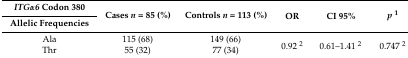
| ITGα6 Codon 380 | <ROWSPAN=2> Cases n = 85 (%) | <ROWSPAN=2> Controls n = 113 (%) | <ROWSPAN=2> OR | <ROWSPAN=2> CI 95% | <ROWSPAN=2> p1 |
 | Allelic Frequencies |
 | --- | --- | --- | --- | --- | --- |
 | Ala | 115 (68) | 149 (66) | <ROWSPAN=2> 0.92 2 | <ROWSPAN=2> 0.61–1.41 2 | <ROWSPAN=2> 0.747 2 |
 | Thr | 55 (32) | 77 (34) |